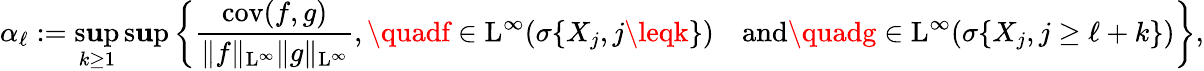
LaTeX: \alpha_{\ell}:=\operatorname*{s\mathbf{u}p}_{k\geq1}\operatorname*{s\mathbf{u}p}\bigg\{ \frac{{\mathrm{{cov}}(f,g)}}{{\| f\| _{\mathrm{{L}}^{\infty}}\| g\| _{\mathrm{{L}}^{\infty}}}},\quadf\in\mathrm{{L}}^{\infty}(\sigma\{ X_{j},j\leqk\} )\quad\mathrm{{and}}\quadg\in\mathrm{{L}}^{\infty}(\sigma\{ X_{j},j\geq\ell+k\} )\bigg\} ,